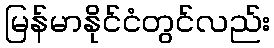
မြန်မာနိုင်ငံတွင်လည်း